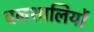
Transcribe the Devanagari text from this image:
बलशालियों